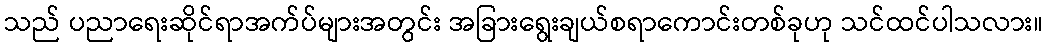
သည် ပညာရေးဆိုင်ရာအက်ပ်များအတွင်း အခြားရွေးချယ်စရာကောင်းတစ်ခုဟု သင်ထင်ပါသလား။